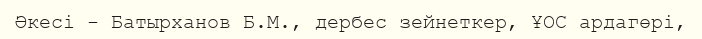
Әкесі - Батырханов Б.М., дербес зейнеткер, ҰОС ардагөрі,